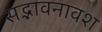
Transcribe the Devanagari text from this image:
सद्भावनावश